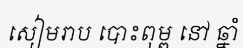
សៀមរាប បោះពុម្ព នៅ ឆ្នាំ